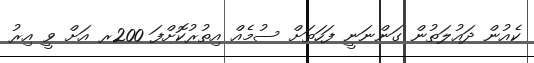
ކެއުން ދައުލަތުން ގަންނަނީ ފަހަތަށް ސުމެއް އިތުރުކޮށްފަ 200ރ އަށް ވީ އިރު